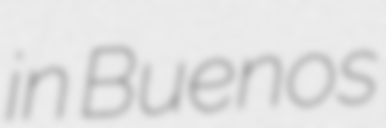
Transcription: in Buenos